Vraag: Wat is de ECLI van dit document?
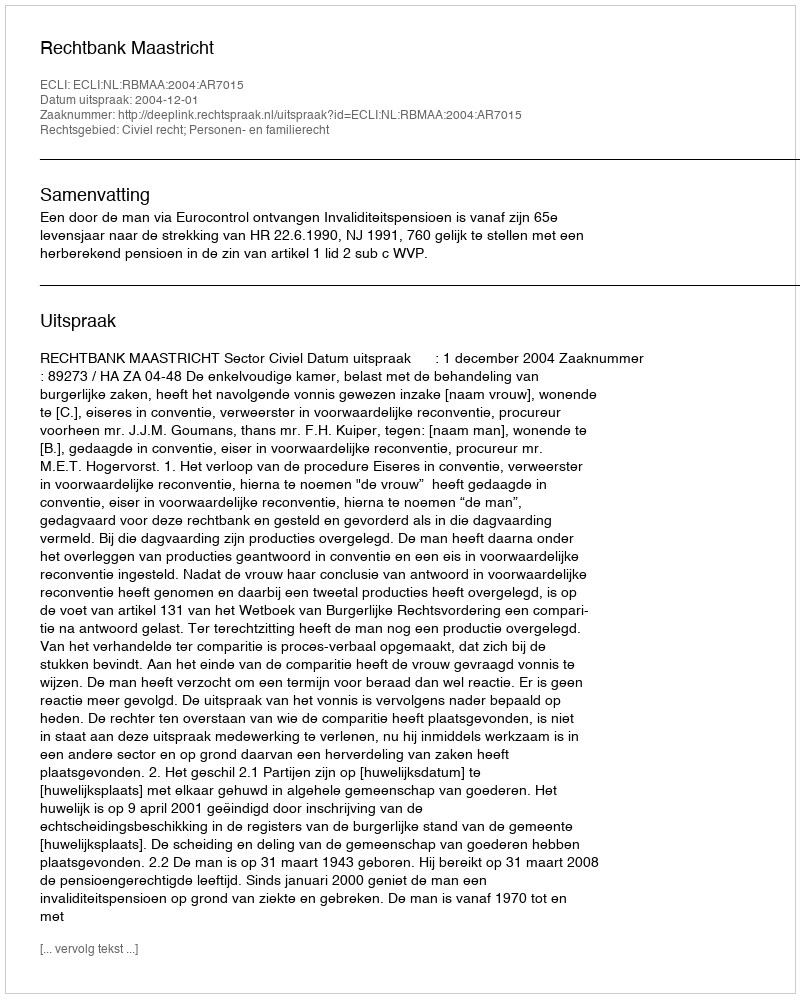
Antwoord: ECLI:NL:RBMAA:2004:AR7015